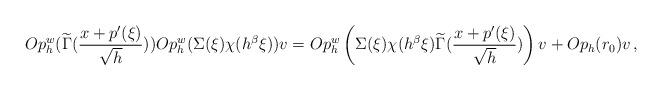
LaTeX: \begin{align*} Op_h^w(\widetilde{\Gamma}(\frac{x+p'(\xi)}{\sqrt{h}}))Op_h^w(\Sigma(\xi)\chi(h^{\beta}\xi))v = Op_h^w\left(\Sigma(\xi)\chi(h^{\beta}\xi)\widetilde{\Gamma}(\frac{x+p'(\xi)}{\sqrt{h}})\right) v + Op_h(r_0)v \, ,\end{align*}